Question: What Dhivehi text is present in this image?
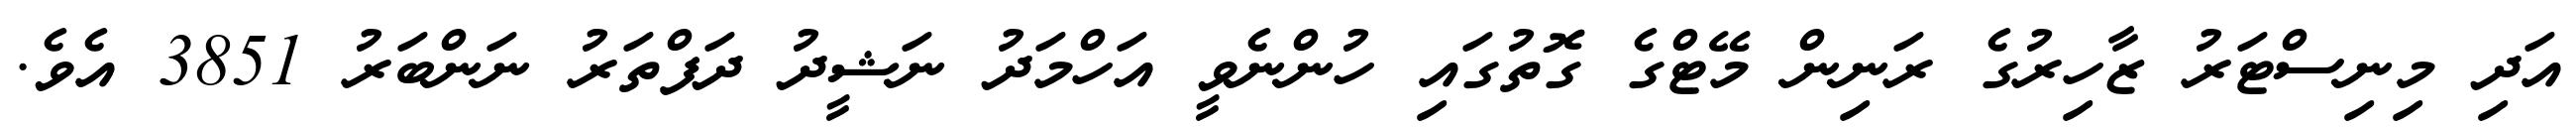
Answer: އަދި މިނިސްޓަރު ޒާހިރުގެ ރަނިން މޭޓްގެ ގޮތުގައި ހުންނެވީ އަހްމަދު ނަޝީދު ދަފްތަރު ނަންބަރު 3851 އެވެ.